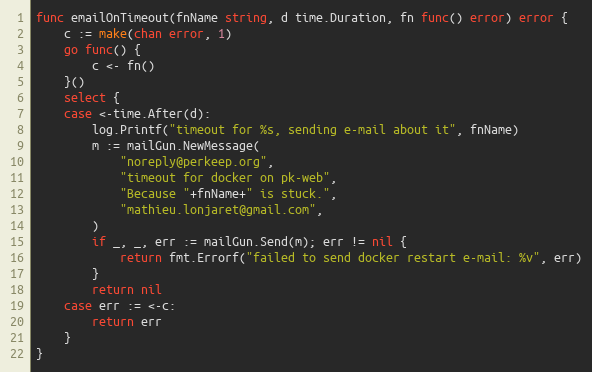
Language: Go
func emailOnTimeout(fnName string, d time.Duration, fn func() error) error {
	c := make(chan error, 1)
	go func() {
		c <- fn()
	}()
	select {
	case <-time.After(d):
		log.Printf("timeout for %s, sending e-mail about it", fnName)
		m := mailGun.NewMessage(
			"noreply@perkeep.org",
			"timeout for docker on pk-web",
			"Because "+fnName+" is stuck.",
			"mathieu.lonjaret@gmail.com",
		)
		if _, _, err := mailGun.Send(m); err != nil {
			return fmt.Errorf("failed to send docker restart e-mail: %v", err)
		}
		return nil
	case err := <-c:
		return err
	}
}